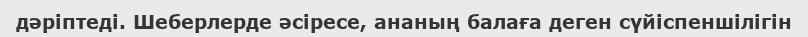
дәріптеді. Шеберлерде әсіресе, ананың балаға деген сүйіспеншілігін